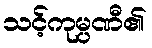
သင့်ကုမ္ပဏီ၏